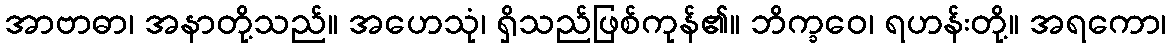
အာဗာဓာ၊ အနာတို့သည်။ အဟေသုံ၊ ရှိသည်ဖြစ်ကုန်၏။ ဘိက္ခဝေ၊ ရဟန်းတို့။ အရကော၊